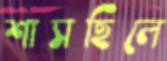
শাসছিলে